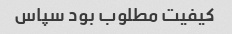
کیفیت مطلوب بود سپاس